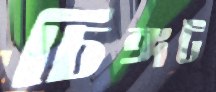
চিঙ্গট